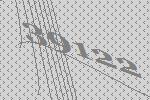
39122